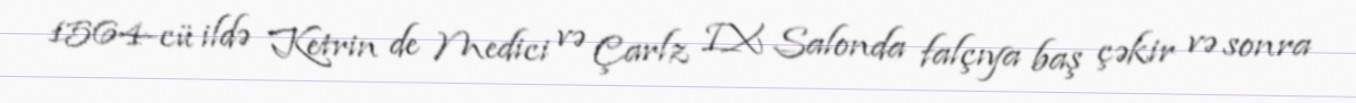
1564-cü ildə Ketrin de Medici və Çarlz IX Salonda falçıya baş çəkir və sonra